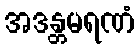
အဒန္တမရဏံ